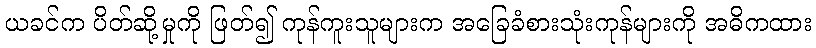
ယခင်က ပိတ်ဆို့မှုကို ဖြတ်၍ ကုန်ကူးသူများက အခြေခံစားသုံးကုန်များကို အဓိကထား